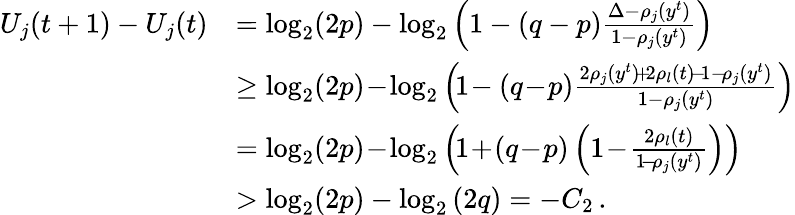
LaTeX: \begin{array}{rl}{U_{j}(t+1)-U_{j}(t)}&{=\log_{2}(2p)-\log_{2}\left(1-(q-p)\frac{\Delta-\rho_{j}(y^{t})}{1-\rho_{j}(y^{t})}\right)}\\ &{\ge\log_{2}(2p)\! -\! \log_{2}\left(\! 1\! -(q\! -\! p)\frac{2\rho_{j}(y^{t})\! +\! 2\rho_{l}(t)\! -\! 1-\! \rho_{j}(y^{t})}{1-\rho_{j}(y^{t})}\right)}\\ &{=\log_{2}(2p)\! -\! \log_{2}\left(\! 1\! +\! (q\! -\! p)\left(1\! -\! \frac{2\rho_{l}(t)}{1\! -\! \rho_{j}(y^{t})}\right)\right)}\\ &{>\log_{2}(2p)-\log_{2}\left(2q\right)=-C_{2}\, .}\end{array}